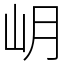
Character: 岄